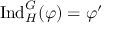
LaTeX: { \mathrm { I n d } } _ { H } ^ { G } ( \varphi ) = \varphi ^ { \prime }